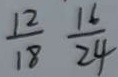
\frac { 1 2 } { 1 8 } \frac { 1 6 } { 2 4 }